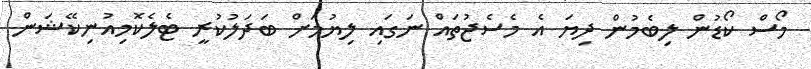
މޯސް ކޯޑުން ލިބެމުން ދިޔަ އެ މެސެޖުތައް ނަގައި ލިޔުމަށް ބަދަލުކުރީ ޓެލެކޮމިއުނިކޭޝަން